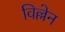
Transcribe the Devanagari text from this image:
विल्लेन